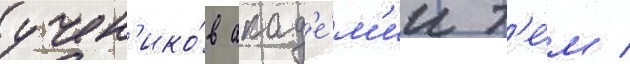
учен'ико́в акад'е́м'ии т'е́м /